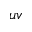
u v